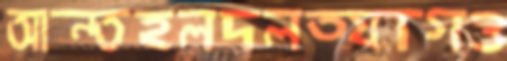
আন্তহলদলত্যাগও